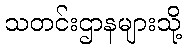
သတင်းဌာနများသို့